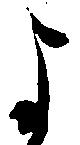
よ